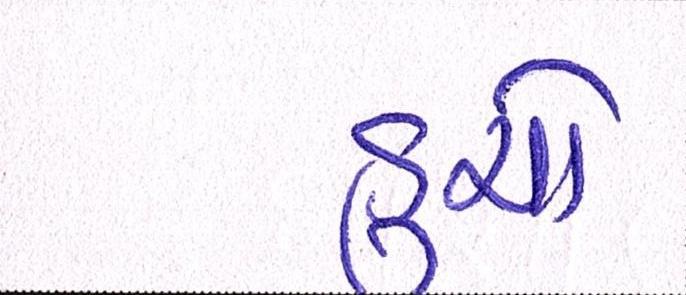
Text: ડુચો